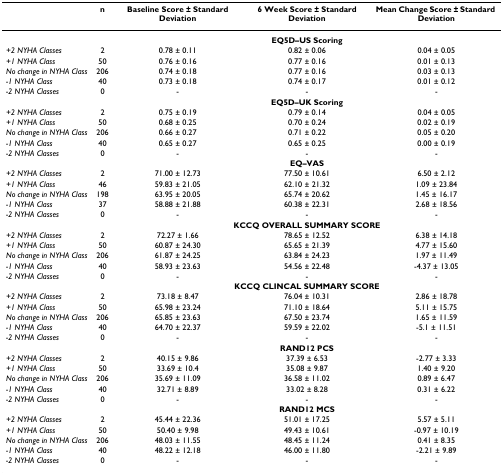
<table><thead><tr><td>[EMPTY_CELL]</td><td><b>n</b></td><td><b>Baseline Score ± Standard Deviation</b></td><td><b>6 Week Score ± Standard Deviation</b></td><td><b>Mean Change Score ± Standard Deviation</b></td></tr></thead><tbody><tr><td>[EMPTY_CELL]</td><td>[EMPTY_CELL]</td><td colspan="3"><b>EQ5D–US Scoring</b></td></tr><tr><td><i>+2 NYHA Classes</i></td><td>2</td><td>0.78 ± 0.11</td><td>0.82 ± 0.06</td><td>0.04 ± 0.05</td></tr><tr><td><i>+1 NYHA Class</i></td><td>50</td><td>0.76 ± 0.16</td><td>0.77 ± 0.16</td><td>0.01 ± 0.13</td></tr><tr><td><i>No change in NYHA Class</i></td><td>206</td><td>0.74 ± 0.18</td><td>0.77 ± 0.16</td><td>0.03 ± 0.13</td></tr><tr><td><i>-1 NYHA Class</i></td><td>40</td><td>0.73 ± 0.18</td><td>0.74 ± 0.17</td><td>0.01 ± 0.12</td></tr><tr><td><i>-2 NYHA Classes</i></td><td>0</td><td>-</td><td>-</td><td>-</td></tr><tr><td>[EMPTY_CELL]</td><td>[EMPTY_CELL]</td><td colspan="3"><b>EQ5D–UK Scoring</b></td></tr><tr><td><i>+2 NYHA Classes</i></td><td>2</td><td>0.75 ± 0.19</td><td>0.79 ± 0.14</td><td>0.04 ± 0.05</td></tr><tr><td><i>+1 NYHA Class</i></td><td>50</td><td>0.68 ± 0.25</td><td>0.70 ± 0.24</td><td>0.02 ± 0.19</td></tr><tr><td><i>No change in NYHA Class</i></td><td>206</td><td>0.66 ± 0.27</td><td>0.71 ± 0.22</td><td>0.05 ± 0.20</td></tr><tr><td><i>-1 NYHA Class</i></td><td>40</td><td>0.65 ± 0.27</td><td>0.65 ± 0.25</td><td>0.00 ± 0.19</td></tr><tr><td><i>-2 NYHA Classes</i></td><td>0</td><td>-</td><td>-</td><td>-</td></tr><tr><td>[EMPTY_CELL]</td><td>[EMPTY_CELL]</td><td colspan="3"><b>EQ–VAS</b></td></tr><tr><td><i>+2 NYHA Classes</i></td><td>2</td><td>71.00 ± 12.73</td><td>77.50 ± 10.61</td><td>6.50 ± 2.12</td></tr><tr><td><i>+1 NYHA Class</i></td><td>46</td><td>59.83 ± 21.05</td><td>62.10 ± 21.32</td><td>1.09 ± 23.84</td></tr><tr><td><i>No change in NYHA Class</i></td><td>198</td><td>63.95 ± 20.05</td><td>65.74 ± 20.62</td><td>1.45 ± 16.17</td></tr><tr><td><i>-1 NYHA Class</i></td><td>37</td><td>58.88 ± 21.88</td><td>60.38 ± 22.31</td><td>2.68 ± 18.56</td></tr><tr><td><i>-2 NYHA Classes</i></td><td>0</td><td>-</td><td>-</td><td>-</td></tr><tr><td>[EMPTY_CELL]</td><td>[EMPTY_CELL]</td><td colspan="3"><b>KCCQ OVERALL SUMMARY SCORE</b></td></tr><tr><td><i>+2 NYHA Classes</i></td><td>2</td><td>72.27 ± 1.66</td><td>78.65 ± 12.52</td><td>6.38 ± 14.18</td></tr><tr><td><i>+1 NYHA Class</i></td><td>50</td><td>60.87 ± 24.30</td><td>65.65 ± 21.39</td><td>4.77 ± 15.60</td></tr><tr><td><i>No change in NYHA Class</i></td><td>206</td><td>61.87 ± 24.25</td><td>63.84 ± 24.23</td><td>1.97 ± 11.49</td></tr><tr><td><i>-1 NYHA Class</i></td><td>40</td><td>58.93 ± 23.63</td><td>54.56 ± 22.48</td><td>-4.37 ± 13.05</td></tr><tr><td><i>-2 NYHA Classes</i></td><td>0</td><td>-</td><td>-</td><td>-</td></tr><tr><td>[EMPTY_CELL]</td><td>[EMPTY_CELL]</td><td colspan="3"><b>KCCQ CLINCAL SUMMARY SCORE</b></td></tr><tr><td><i>+2 NYHA Classes</i></td><td>2</td><td>73.18 ± 8.47</td><td>76.04 ± 10.31</td><td>2.86 ± 18.78</td></tr><tr><td><i>+1 NYHA Class</i></td><td>50</td><td>65.98 ± 23.24</td><td>71.10 ± 18.64</td><td>5.11 ± 15.75</td></tr><tr><td><i>No change in NYHA Class</i></td><td>206</td><td>65.85 ± 23.63</td><td>67.50 ± 23.74</td><td>1.65 ± 11.59</td></tr><tr><td><i>-1 NYHA Class</i></td><td>40</td><td>64.70 ± 22.37</td><td>59.59 ± 22.02</td><td>-5.1 ± 11.51</td></tr><tr><td><i>-2 NYHA Classes</i></td><td>0</td><td>-</td><td>-</td><td>-</td></tr><tr><td>[EMPTY_CELL]</td><td>[EMPTY_CELL]</td><td colspan="3"><b>RAND12 PCS</b></td></tr><tr><td><i>+2 NYHA Classes</i></td><td>2</td><td>40.15 ± 9.86</td><td>37.39 ± 6.53</td><td>-2.77 ± 3.33</td></tr><tr><td><i>+1 NYHA Class</i></td><td>50</td><td>33.69 ± 10.4</td><td>35.08 ± 9.87</td><td>1.40 ± 9.20</td></tr><tr><td><i>No change in NYHA Class</i></td><td>206</td><td>35.69 ± 11.09</td><td>36.58 ± 11.02</td><td>0.89 ± 6.47</td></tr><tr><td><i>-1 NYHA Class</i></td><td>40</td><td>32.71 ± 8.89</td><td>33.02 ± 8.28</td><td>0.31 ± 6.22</td></tr><tr><td><i>-2 NYHA Classes</i></td><td>0</td><td>-</td><td>-</td><td>-</td></tr><tr><td>[EMPTY_CELL]</td><td>[EMPTY_CELL]</td><td colspan="3"><b>RAND12 MCS</b></td></tr><tr><td><i>+2 NYHA Classes</i></td><td>2</td><td>45.44 ± 22.36</td><td>51.01 ± 17.25</td><td>5.57 ± 5.11</td></tr><tr><td><i>+1 NYHA Class</i></td><td>50</td><td>50.40 ± 9.98</td><td>49.43 ± 10.61</td><td>-0.97 ± 10.19</td></tr><tr><td><i>No change in NYHA Class</i></td><td>206</td><td>48.03 ± 11.55</td><td>48.45 ± 11.24</td><td>0.41 ± 8.35</td></tr><tr><td><i>-1 NYHA Class</i></td><td>40</td><td>48.22 ± 12.18</td><td>46.00 ± 11.80</td><td>-2.21 ± 9.89</td></tr><tr><td><i>-2 NYHA Classes</i></td><td>0</td><td>-</td><td>-</td><td>-</td></tr></tbody></table>